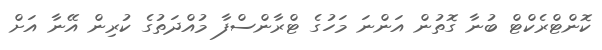
ކޮންޓްރެކްޓް ބުނާ ގޮތުން އަންނަ މަހުގެ ޓްރާންސްފާ މުއްދަތުގެ ކުރިން އޭނާ އަށް